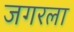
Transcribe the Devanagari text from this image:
जगरला